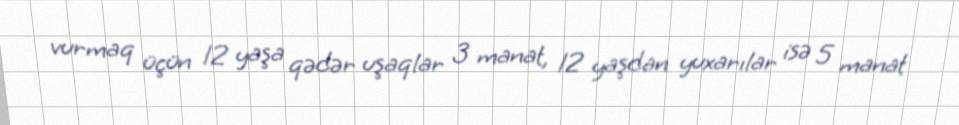
vurmaq üçün 12 yaşa qədər uşaqlar 3 manat, 12 yaşdan yuxarılar isə 5 manat